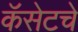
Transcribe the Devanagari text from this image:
कॅसेटचे